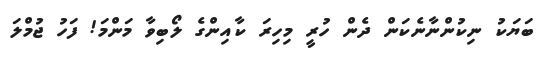
ބަޔަކު ނިކުންނާނެކަން ދެން ހުރީ މިހިރަ ކާއިންގެ ލޯބިވާ މަންމަ! ފަހު ޖުމްލަ